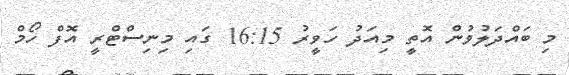
މި ބައްދަލުވުން އޮތީ މިއަދު ހަވީރު 16:15 ގައި މިނިސްޓްރީ އޮފް ހޯމް